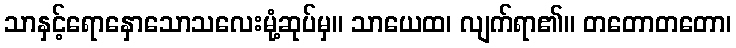
သာနှင့်ရောနှောသောသလေးမုံ့ဆုပ်မှ။ သာယေထ၊ လျက်ရာ၏။ တတောတတော၊